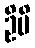
ဦမိ